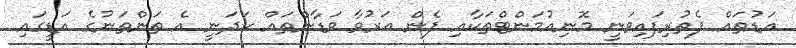
އަޑުތައް ފެތުރިފައިވަނީ މޮނިއުމަންޓްތަކާއި ފެން އަރުވާ ވަޑާންތައް ހަދަނީ އެ ތަންތަނުގެ އަޑީގައި